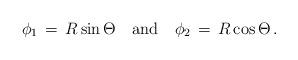
LaTeX: \begin{align*}\phi_1\, =\, R \sin \Theta \quad \mbox{and} \quad \phi_2\,=\, R \cos \Theta \, .\end{align*}